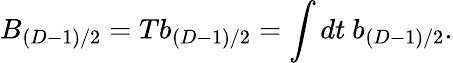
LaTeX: B_{(D-1)/2}=Tb_{(D-1)/2}=\int dt~b_{(D-1)/2}.